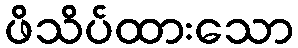
ဖိသိပ်ထားသော